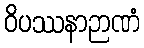
ဝိပဿနာဉာဏံ